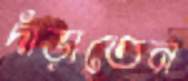
দাঁড়াতেন